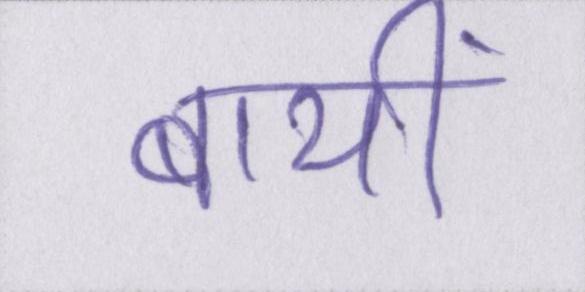
बायीं